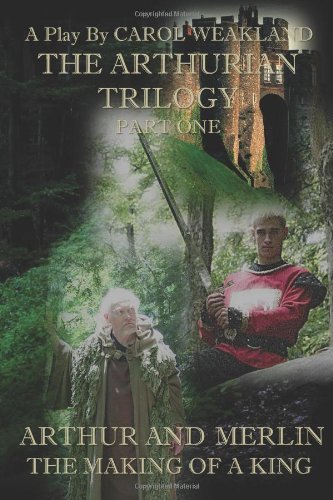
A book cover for The Arthurian Trilogy Part One: Arthur and Merlin: The Making of a King; Carol Weakland; Literature & Fiction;